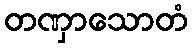
တဏှာသောတံ